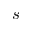
s